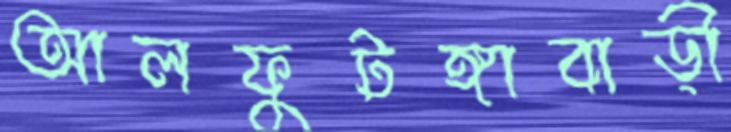
আলফুটঙ্গাবাড়ী